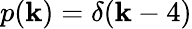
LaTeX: p(\mathbf{k})=\delta(\mathbf{k}-4)